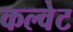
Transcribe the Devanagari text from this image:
कल्वेट